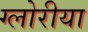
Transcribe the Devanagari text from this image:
ग्लोरीया